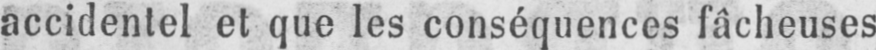
accidentel et que les conséquences fâcheuses